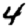
Digit: 4